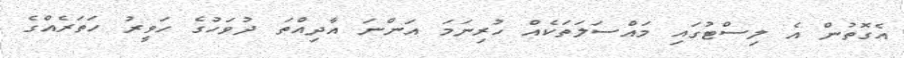
އެގޮތުން އެ ލިސްޓުގައި މައްސަލަތަކެއް ހުރިނަމަ އަންނަ އާދިއްތަ ދުވަހުގެ ހަވީރު ހަތަރެއްގެ